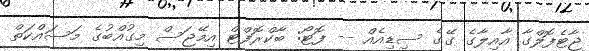
ޖާޓެފޮލްގާ އާއިލާގެ ގޭގެ ސިޑިއެއް -- ފޮޓޯ: ބާކްރޮފްޓް އިމޭޖަސް މިގުއްބުގެ މަސައްކަތް